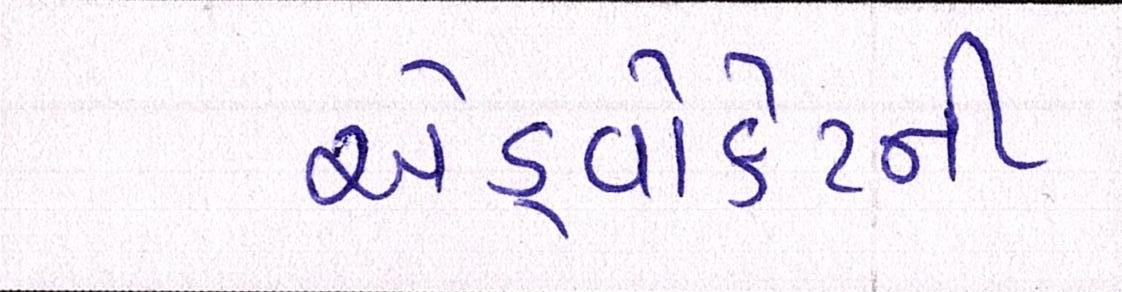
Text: એડ્વોકેટની